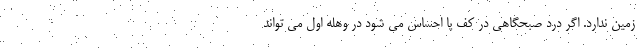
زمین ندارد. اگر درد صبحگاهی در کف پا احساس می شود در وهله اول می تواند